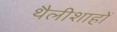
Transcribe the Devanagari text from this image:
थैलीशाहों